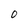
Character: O